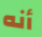
أنه